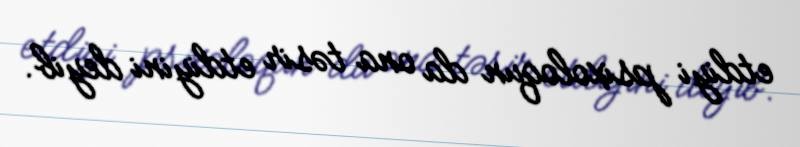
etdiyi psixoloqun da ona təsir etdiyini deyib.